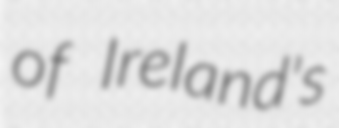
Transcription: of Ireland's